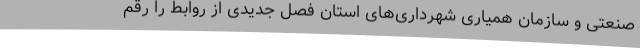
صنعتی و سازمان همیاری شهرداری‌های استان فصل جدیدی از روابط را رقم